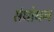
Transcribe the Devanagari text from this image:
संधोधन